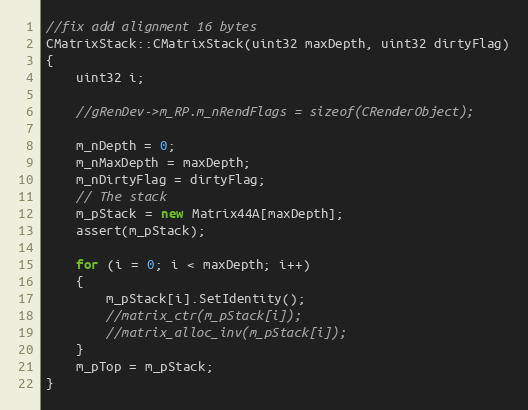
Language: C++
//fix add alignment 16 bytes
CMatrixStack::CMatrixStack(uint32 maxDepth, uint32 dirtyFlag)
{
	uint32 i;

	//gRenDev->m_RP.m_nRendFlags = sizeof(CRenderObject);

	m_nDepth = 0;
	m_nMaxDepth = maxDepth;
	m_nDirtyFlag = dirtyFlag;
	// The stack
	m_pStack = new Matrix44A[maxDepth];
	assert(m_pStack);

	for (i = 0; i < maxDepth; i++)
	{
		m_pStack[i].SetIdentity();
		//matrix_ctr(m_pStack[i]);
		//matrix_alloc_inv(m_pStack[i]);
	}
	m_pTop = m_pStack;
}